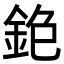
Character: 𨥹